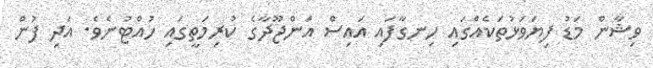
ވިޝާން މަޑު ފިޔަވަޅުތަކެއްގައި ހިނގާފައި އައިސް އަންޖޫދާގެ ކުރިމަތީގައި ހުއްޓުނެވެ. އަދި ފުން